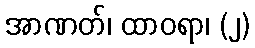
အာဏတ်၊ ထာဝရာ၊ (၂)